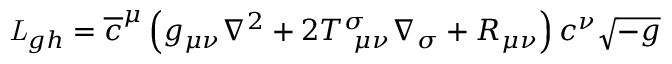
{ \it L } _ { g h } = \overline { { { c } } } ^ { \mu } \left( g _ { \mu \nu } \nabla ^ { 2 } + 2 T _ { ~ \mu \nu } ^ { \sigma } \nabla _ { \sigma } + R _ { \mu \nu } \right) c ^ { \nu } \sqrt { - g }